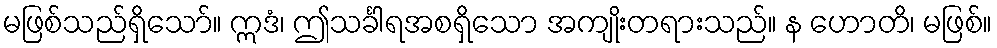
မဖြစ်သည်ရှိသော်။ ဣဒံ၊ ဤသင်္ခါရအစရှိသော အကျိုးတရားသည်။ န ဟောတိ၊ မဖြစ်။